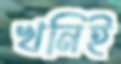
খনিই